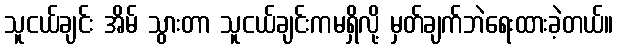
သူငယ်ချင်း အိမ် သွားတာ သူငယ်ချင်းကမရှိလို့ မှတ်ချက်ဘဲရေးထားခဲ့တယ်။